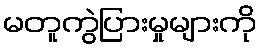
မတူကွဲပြားမှုများကို